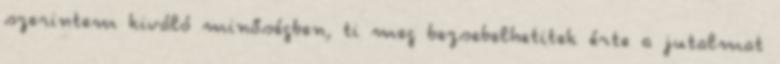
szerintem kiváló minőségben, ti meg bezsebelhetitek érte a jutalmat